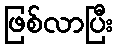
ဖြစ်လာပြီး